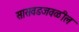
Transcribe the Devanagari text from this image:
सासवडजवळील